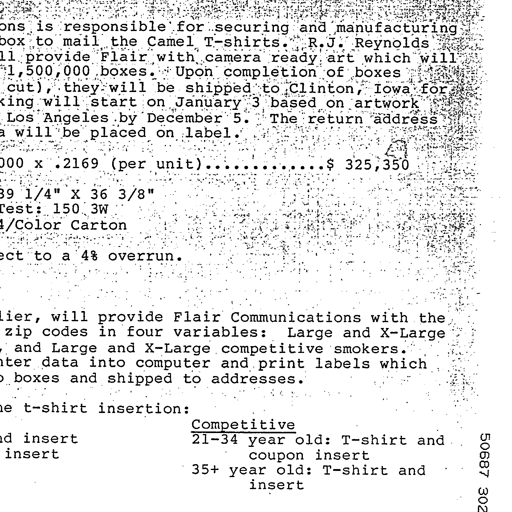
is responsible for securing and manufacturing
box to mail the Camel T-shirts. R.J. Reynolds
provide Flair with camera ready art which will
1,500,000 boxes. Upon completion of boxes
cut), they will be shipped to Clinton, Iowa for
will start on January 3 based on artwork
Los Angeles by December 5. The return address
will be placed on label.
x .2169 (per unit).................$ 325,350
39 1/4" X 36 3/8"
Test: 150 3W
4/Color Carton
to a 4% overrun.
will provide Flair Communications with the
zip codes in four variables: Large and X-Large
and Large and X-Large competitive smokers.
data into computer and print labels which
boxes and shipped to addresses.
t-shirt insertion:
Competitive
insert 21-34 year old: T-shirt and
insert coupon insert
35+ year old: T-shirt and
insert
50687 302